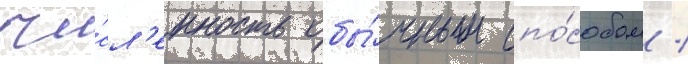
чи́сл'енность обы́чным спо́собом /